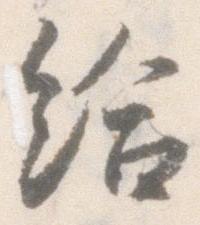
給